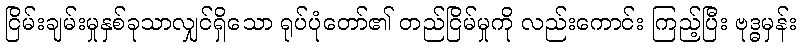
ငြိမ်းချမ်းမှုနှစ်ခုသာလျှင်ရှိသော ရုပ်ပုံတော်၏ တည်ငြိမ်မှုကို လည်းကောင်း ကြည့်ပြီး ဗုဒ္ဓမှန်း